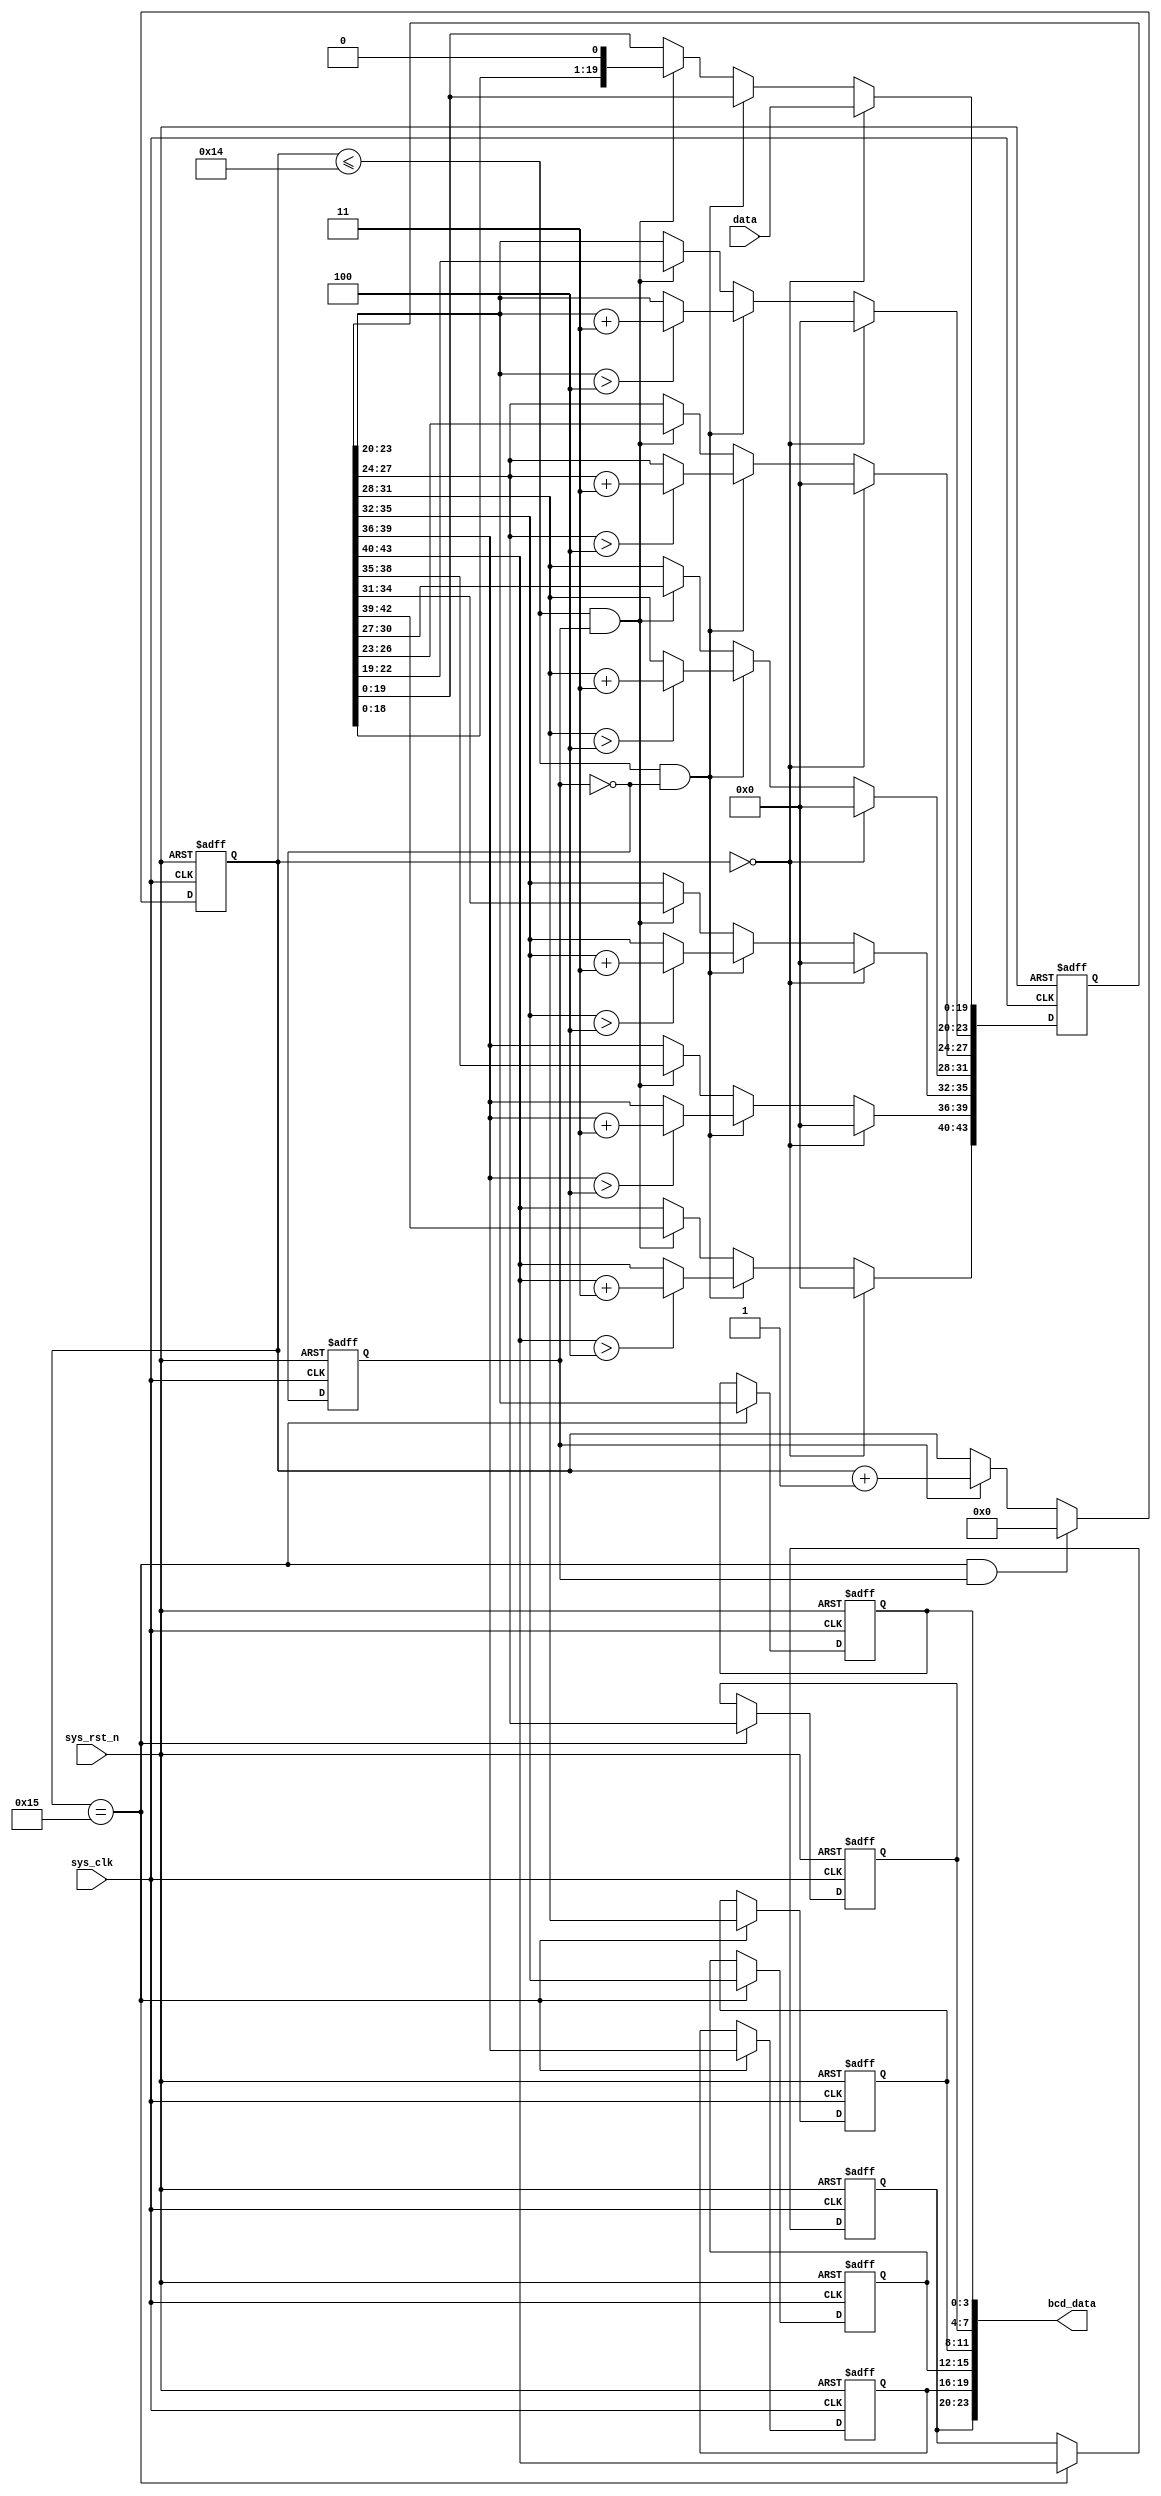
`timescale 1ns / 1ps
//////////////////////////////////////////////////////////////////////////////////
// Company: 
// Engineer: 
// 
// Design Name: 
// Module Name: bcd_8421
// Project Name: 
// Target Devices: 
// Tool Versions: 
// Description: 
// 
// Dependencies: 
// 
// Revision:
// Revision 0.01 - File Created
// Additional Comments:
// 
//////////////////////////////////////////////////////////////////////////////////


module bcd_8421
(
    input  wire                         sys_clk                    ,//50MHz
    input  wire                         sys_rst_n                  ,//
    input  wire        [  19: 0]        data                       ,//

    output wire          [23:0]          bcd_data
 );

 ////
 //\* Parameter And Internal Signal \//
 ////
reg         [   3: 0]        unit                       ;//BCD
reg         [   3: 0]        ten                        ;//BCD
reg         [   3: 0]        hun                        ;//BCD
reg         [   3: 0]        tho                        ;//BCD
reg         [   3: 0]        t_tho                      ;//BCD
reg         [   3: 0]        h_hun                       ;//BCD
 //reg define
 reg [4:0] cnt_shift ; //
 reg [43:0] data_shift ; //
 reg shift_flag ; //

 ////
 //\* Main Code \//
 ////

 //cnt_shift:021
 always@(posedge sys_clk or negedge sys_rst_n)
    if(sys_rst_n == 1'b0)
        cnt_shift <= 5'd0;
    else if((cnt_shift == 5'd21) && (shift_flag == 1'b1))
        cnt_shift <= 5'd0;
    else if(shift_flag == 1'b1)
        cnt_shift <= cnt_shift + 1'b1;
    else
        cnt_shift <= cnt_shift;

 //data_shift01~20
 always@(posedge sys_clk or negedge sys_rst_n)
     if(sys_rst_n == 1'b0)
        data_shift <= 44'b0;
     else if(cnt_shift == 5'd0)
        data_shift <= {24'b0,data};
     else if((cnt_shift <= 20) && (shift_flag == 1'b0))
     begin
         data_shift[23:20] <= (data_shift[23:20] > 4) ?
         (data_shift[23:20] + 2'd3) : (data_shift[23:20]);
         data_shift[27:24] <= (data_shift[27:24] > 4) ?
         (data_shift[27:24] + 2'd3) : (data_shift[27:24]);
         data_shift[31:28] <= (data_shift[31:28] > 4) ?
         (data_shift[31:28] + 2'd3) : (data_shift[31:28]);
         data_shift[35:32] <= (data_shift[35:32] > 4) ?
         (data_shift[35:32] + 2'd3) : (data_shift[35:32]);
         data_shift[39:36] <= (data_shift[39:36] > 4) ?
         (data_shift[39:36] + 2'd3) : (data_shift[39:36]);
         data_shift[43:40] <= (data_shift[43:40] > 4) ?
         (data_shift[43:40] + 2'd3) : (data_shift[43:40]);
     end
     else if((cnt_shift <= 20) && (shift_flag == 1'b1))
        data_shift <= data_shift << 1;
     else
        data_shift <= data_shift;

 //shift_flag
 always@(posedge sys_clk or negedge sys_rst_n)
    if(sys_rst_n == 1'b0)
        shift_flag <= 1'b0;
    else
        shift_flag <= ~shift_flag;

 //20BCD
 always@(posedge sys_clk or negedge sys_rst_n)
    if(sys_rst_n == 1'b0)
        begin
            unit <= 4'b0;
            ten <= 4'b0;
            hun <= 4'b0;
            tho <= 4'b0;
            t_tho <= 4'b0;
            h_hun <= 4'b0;
        end
    else if(cnt_shift == 5'd21)
        begin
            unit <= data_shift[23:20];
            ten <= data_shift[27:24];
            hun <= data_shift[31:28];
            tho <= data_shift[35:32];
            t_tho <= data_shift[39:36];
            h_hun <= data_shift[43:40];
        end

assign bcd_data = {h_hun,t_tho,tho,hun,ten,unit};

 endmodule